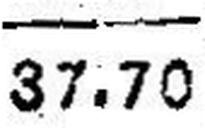
37.70